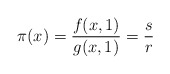
\begin{align*}\pi(x) = \frac{f(x,1)}{g(x,1)} = \frac{s}{r}\end{align*}